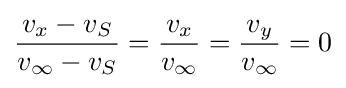
{v_{x}-v_{S} \over v_{\infty }-v_{S}}={v_{x} \over v_{\infty }}={v_{y} \over v_{\infty }}=0